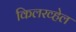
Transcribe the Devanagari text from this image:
किलरव्हेल